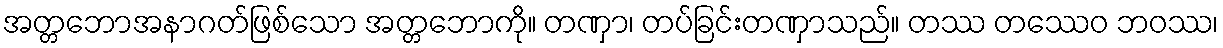
အတ္တဘောအနာဂတ်ဖြစ်သော အတ္တဘောကို။ တဏှာ၊ တပ်ခြင်းတဏှာသည်။ တဿ တဿေဝ ဘဝဿ၊